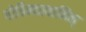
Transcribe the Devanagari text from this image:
गोविन्दस्वामिन्